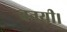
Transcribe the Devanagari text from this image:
बनयी।